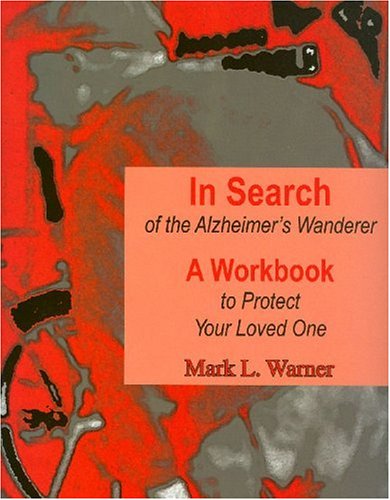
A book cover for In Search of the Alzheimer's Wanderer: A Workbook to Protect Your Loved One; Mark Warner; Health, Fitness & Dieting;